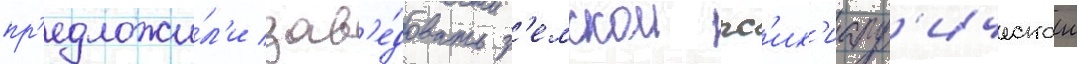
пр'едложи́л'и зав'е́довать з'емскои пс'их'иатр'ическои